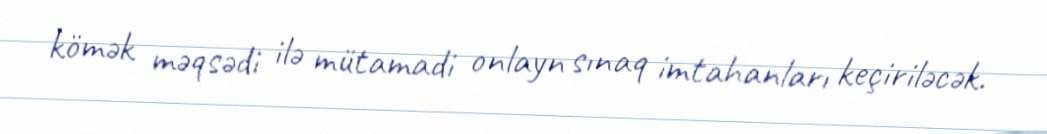
kömək məqsədi ilə mütamadi onlayn sınaq imtahanları keçiriləcək.